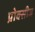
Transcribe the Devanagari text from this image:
प्रोक्सीज